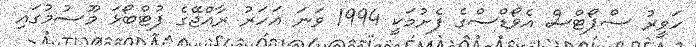
ހަވީރު ސްޕޯޓްސް އެވޯޑްސްގެ ފެށުމަކީ 1994 ވަނަ އަހަރު ރާއްޖޭގެ ފުޓްބޯޅަ މޫސުމުގައި